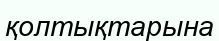
қолтықтарына